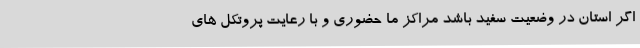
اگر استان در وضعیت سفید باشد مراکز ما حضوری و با رعایت پروتکل های